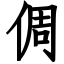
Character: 倜